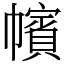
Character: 㡦